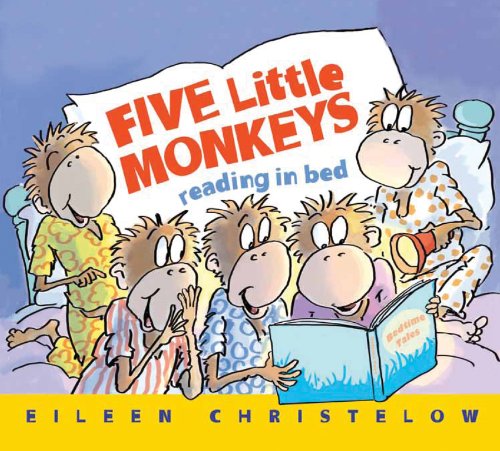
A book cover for Five Little Monkeys Reading in Bed (A Five Little Monkeys Story); Eileen Christelow; Cookbooks, Food & Wine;